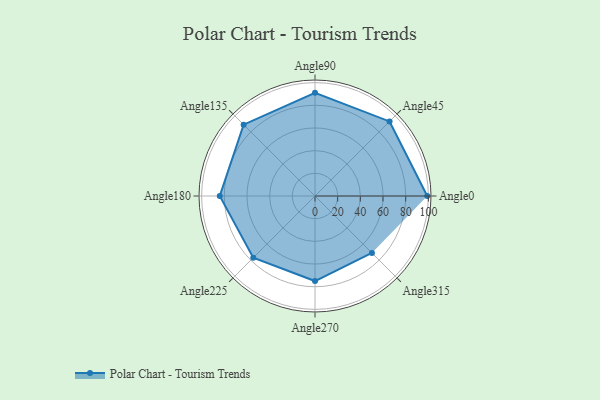
{"axis": {"x": "Angle", "y": "Radius"}, "legend": [""], "data": [{"x": "Angle0", "y": 99.0, "type": ""}, {"x": "Angle45", "y": 93.0, "type": ""}, {"x": "Angle90", "y": 91.0, "type": ""}, {"x": "Angle135", "y": 89.0, "type": ""}, {"x": "Angle180", "y": 84.0, "type": ""}, {"x": "Angle225", "y": 77.0, "type": ""}, {"x": "Angle270", "y": 75.0, "type": ""}, {"x": "Angle315", "y": 71.0, "type": ""}]}